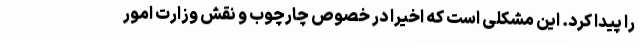
را پیدا کرد. این مشکلی است که اخیراً در خصوص چارچوب و نقش وزارت امور